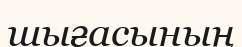
шығасының